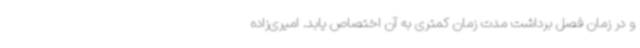
و در زمان فصل برداشت مدت زمان کمتری به آن اختصاص یابد. امیری‌زاده